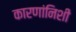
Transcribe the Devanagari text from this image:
कारणांनिशी